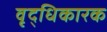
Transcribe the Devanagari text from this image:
वृद्धिकारक